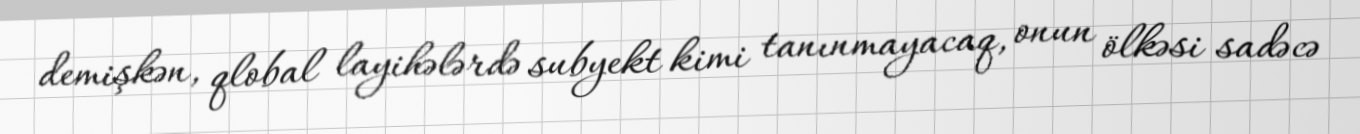
demişkən, qlobal layihələrdə subyekt kimi tanınmayacaq, onun ölkəsi sadəcə